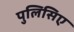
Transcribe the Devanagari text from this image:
पुलिसिए